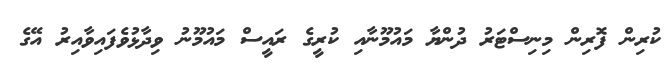
ކުރިން ފޮރިން މިނިސްޓަރު ދުންޔާ މައުމޫނާއި ކުރީގެ ރައީސް މައުމޫނު ވިދާޅުވެފައިވާއިރު އޭގެ